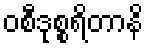
ဝစီဒုစ္စရိတာနိ